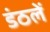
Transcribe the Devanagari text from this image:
डंठलें